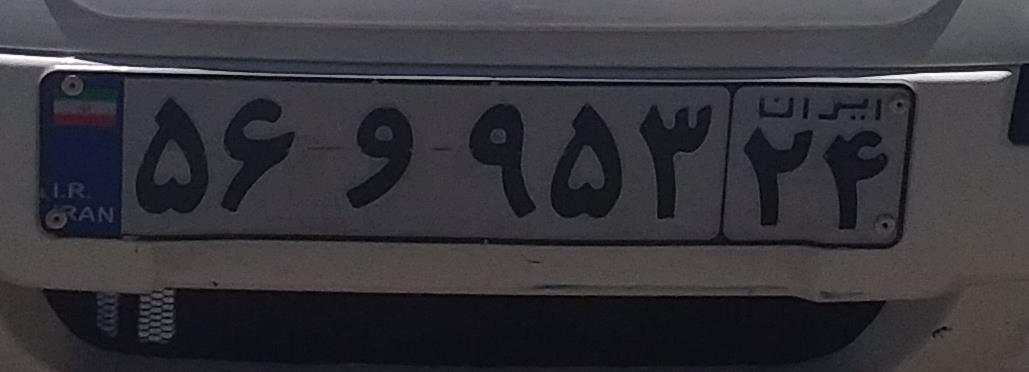
۵۶و۹۵۳۲۴